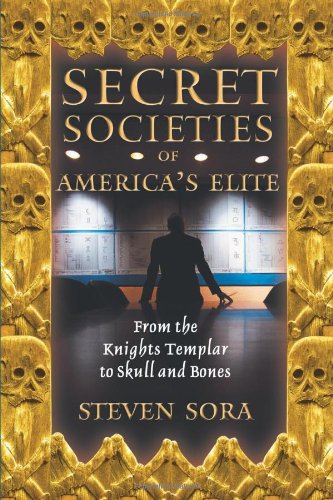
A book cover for Secret Societies of America's Elite: From the Knights Templar to Skull and Bones; Steven Sora; Religion & Spirituality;